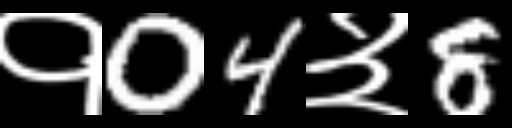
Text: १04३8